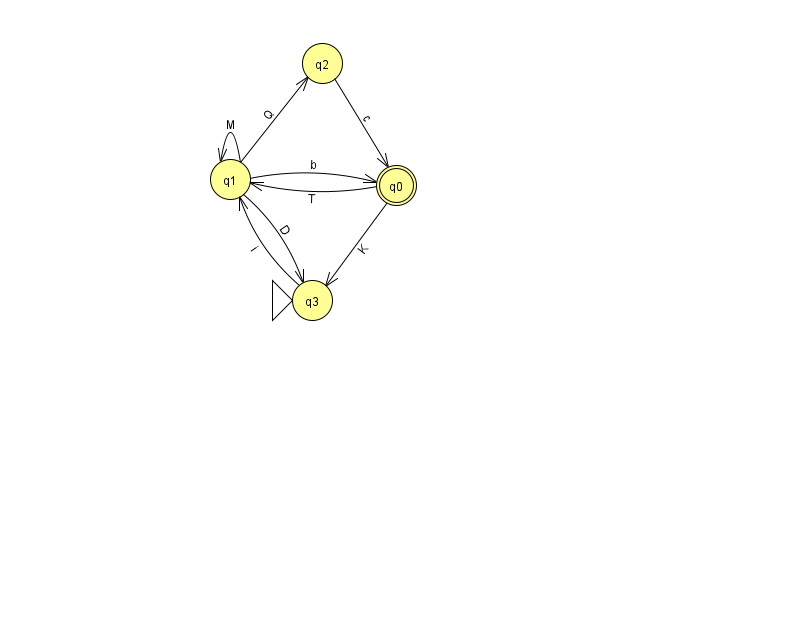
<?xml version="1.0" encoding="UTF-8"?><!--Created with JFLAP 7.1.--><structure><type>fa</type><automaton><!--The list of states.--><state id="0" name="q0"><x>396.0</x><y>172.0</y><final/></state><state id="1" name="q1"><x>230.0</x><y>166.0</y></state><state id="2" name="q2"><x>322.0</x><y>50.0</y></state><state id="3" name="q3"><x>312.0</x><y>287.0</y><initial/></state><!--The list of transitions.--><transition><from>1</from><to>3</to><read>D</read></transition><transition><from>0</from><to>3</to><read>K</read></transition><transition><from>1</from><to>2</to><read>Q</read></transition><transition><from>2</from><to>0</to><read>c</read></transition><transition><from>3</from><to>1</to><read>i</read></transition><transition><from>0</from><to>1</to><read>T</read></transition><transition><from>1</from><to>0</to><read>b</read></transition><transition><from>1</from><to>1</to><read>M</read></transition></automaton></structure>